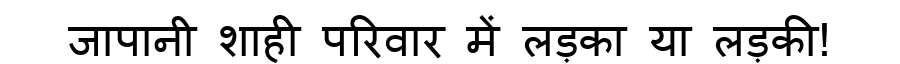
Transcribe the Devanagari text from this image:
जापानी शाही परिवार में लड़का या लड़की!